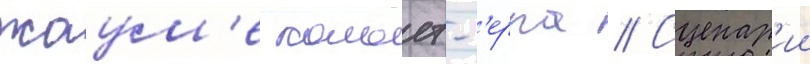
жаум'е кольет-с'ерра // Сценар'ии